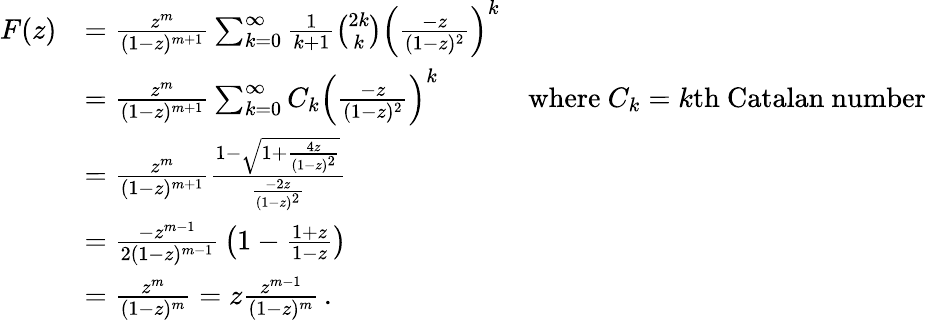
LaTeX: {\begin{array}{rlr}{F(z)}&{={\frac{z^{m}}{(1-z)^{m+1}}}\sum_{k=0}^{\infty}{{\frac{1}{k+1}}{\binom{2k}{k}}\left({\frac{-z}{(1-z)^{2}}}\right)^{k}}}\\ &{={\frac{z^{m}}{(1-z)^{m+1}}}\sum_{k=0}^{\infty}{C_{k}\left({\frac{-z}{(1-z)^{2}}}\right)^{k}}}&{{\mathrm{where~}}C_{k}=k{\mathrm{th~Catalan~number}}}\\ &{={\frac{z^{m}}{(1-z)^{m+1}}}{\frac{1-{\sqrt{1+{\frac{4z}{(1-z)^{2}}}}}}{\frac{-2z}{(1-z)^{2}}}}}\\ &{={\frac{-z^{m-1}}{2(1-z)^{m-1}}}\left(1-{\frac{1+z}{1-z}}\right)}\\ &{={\frac{z^{m}}{(1-z)^{m}}}=z{\frac{z^{m-1}}{(1-z)^{m}}}\, .}\end{array}}